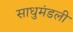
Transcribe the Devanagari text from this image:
साधुमंडली